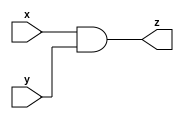
`timescale 1ns / 1ps
//////////////////////////////////////////////////////////////////////////////////
// Company: 
// Engineer: 
// 
// Design Name: 
// Module Name: mux_21
// Project Name: 
// Target Devices: 
// Tool Versions: 
// Description: 
// 
// Dependencies: 
// 
// Revision:
// Revision 0.01 - File Created
// Additional Comments:
// 
//////////////////////////////////////////////////////////////////////////////////

module gand (input x, y, output z);
    assign z = x & y ;
endmodule

module gor (input x, y, output z);
    assign z = x | y;
endmodule

module ginv (input x, output y);
    assign y=~x;
endmodule

module mux_21(a,b,s,y);
    input a,b,s;
    output y;
    wire invZ, and1Z, and2Z;
    ginv i1 (s, invZ);
    gand a1 (invZ, a, and1Z); //top AND in schematic
    gand a2 (b, s, and2Z); //bottom AND in schematic
    gor o1 (and1Z, and2Z, y); // signals j,k,l are placeholders you must complete
endmodule